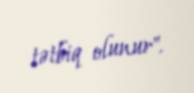
tətbiq olunur".